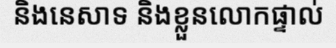
និងនេសាទ និងខ្លួនលោកផ្ទាល់